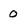
Character: 0